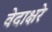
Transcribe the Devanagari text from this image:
वेदाक्षरे